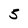
Character: 5